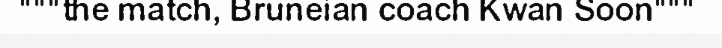
"""the match, Bruneian coach Kwan Soon"""